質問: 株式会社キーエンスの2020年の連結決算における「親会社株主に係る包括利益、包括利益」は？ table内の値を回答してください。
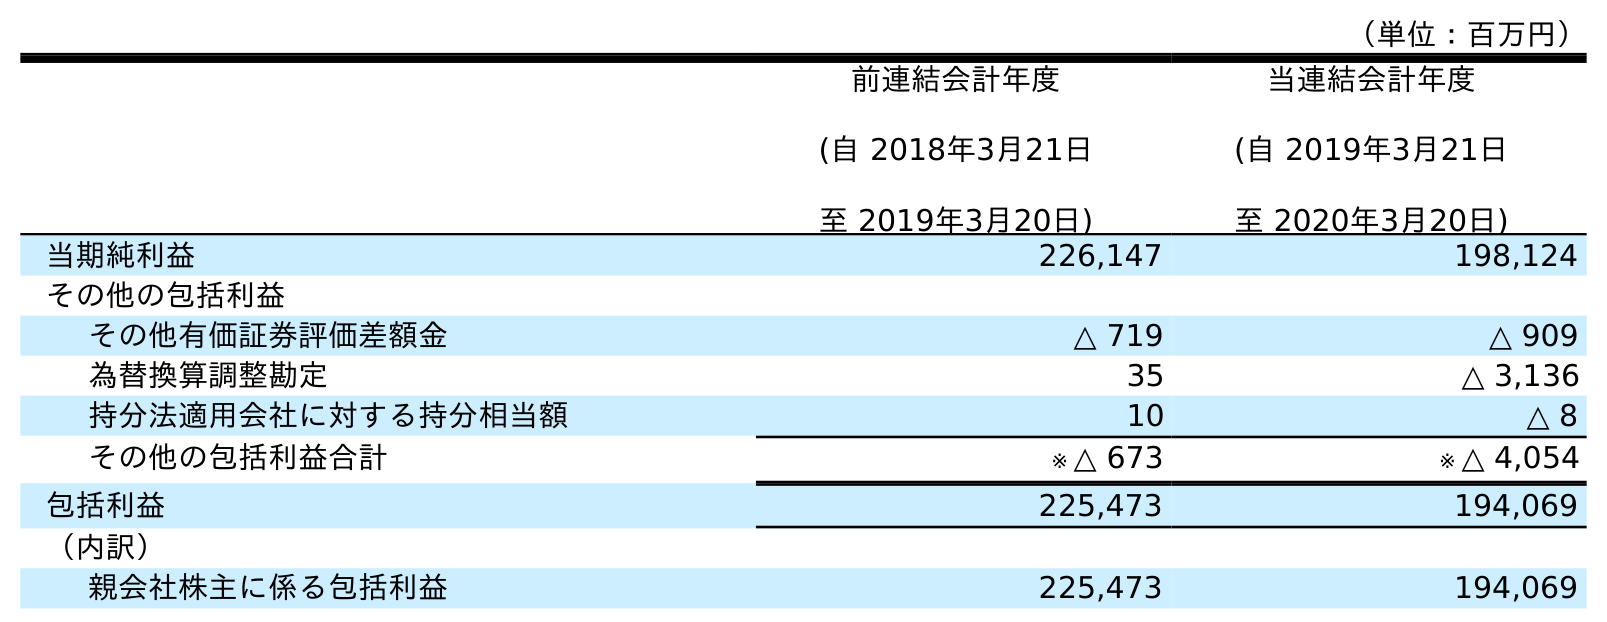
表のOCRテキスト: （単位：百万円） 前連結会計年度 (自 2018年3月21日 至 2019年3月20日) 当連結会計年度 (自 2019年3月21日 至 2020年3月20日) 当期純利益 226,147 198,124 その他の包括利益 その他有価証券評価差額金 △ 719 △ 909 為替換算調整勘定 35 △ 3,136 持分法適用会社に対する持分相当額 10 △ 8 その他の包括利益合計 ※ △ 673 ※ △ 4,054 包括利益 225,473 194,069 （内訳） 親会社株主に係る包括利益 225,473 194,069
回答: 194,069